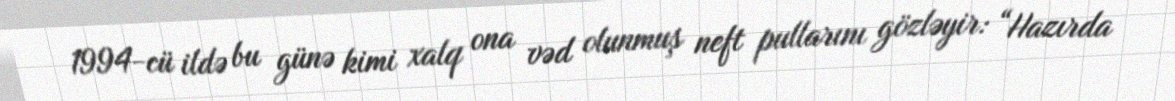
1994-cü ildə bu günə kimi xalq ona vəd olunmuş neft pullarını gözləyir: “Hazırda